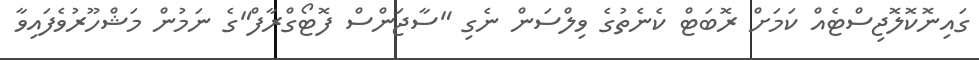
ގައިނޮކޮލޮޖިސްޓެއް ކަމަށް ރޮބަޓް ކެނެތުގެ ވިލްސަން ނެގި "ސާޖަންސް ފޮޓޯގްރާފް"ގެ ނަމުން މަޝްހޫރުވެފައިވާ